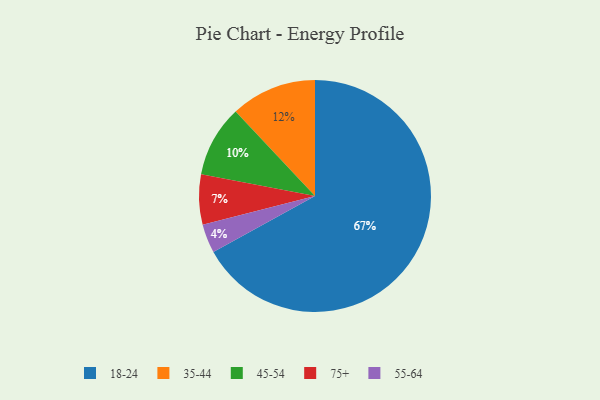
{"axis": {"x": "Category", "y": "Percentage"}, "legend": ["18-24", "35-44", "45-54", "55-64", "75+"], "data": [{"x": "75+", "y": 7, "type": "75+"}, {"x": "35-44", "y": 12, "type": "35-44"}, {"x": "18-24", "y": 67, "type": "18-24"}, {"x": "45-54", "y": 10, "type": "45-54"}, {"x": "55-64", "y": 4, "type": "55-64"}]}